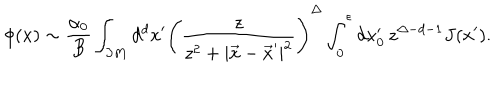
LaTeX: \phi ( x ) \sim { \frac { \alpha _ { 0 } } { B } } \int _ { \partial M } d ^ { d } x ^ { \prime } \left( \frac { z } { z ^ { 2 } + | \vec { x } - \vec { x } ^ { \prime } | ^ { 2 } } \right) ^ { \Delta } \int _ { 0 } ^ { \epsilon } d x _ { 0 } ^ { \prime } \, { z } ^ { \Delta - d - 1 } J ( x ^ { \prime } ) .